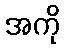
အကို